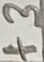
Text: +3